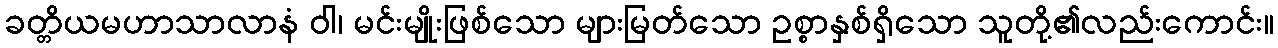
ခတ္တိယမဟာသာလာနံ ဝါ၊ မင်းမျိုးဖြစ်သော များမြတ်သော ဥစ္စာနှစ်ရှိသော သူတို့၏လည်းကောင်း။